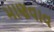
માણવાવ